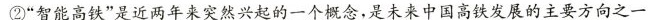
②”智能高铁”是近两年来突然兴起的一个概念，是未来中国高铁发展的主要方向之一